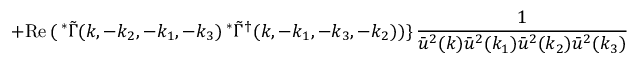
+ \mathrm { R e } \, ( \, ^ { \ast } \tilde { \Gamma } ( k , - k _ { 2 } , - k _ { 1 } , - k _ { 3 } ) \, ^ { \ast } \tilde { \Gamma } ^ { \dagger } ( k , - k _ { 1 } , - k _ { 3 } , - k _ { 2 } ) ) \} \, \frac { 1 } { \bar { u } ^ { 2 } ( k ) \bar { u } ^ { 2 } ( k _ { 1 } ) \bar { u } ^ { 2 } ( k _ { 2 } ) \bar { u } ^ { 2 } ( k _ { 3 } ) }